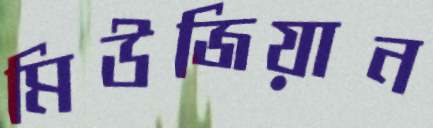
মিউজিয়ান